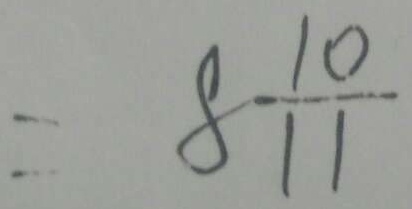
= 8 \frac { 1 0 } { 1 1 }